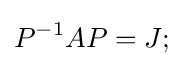
P^{-1}AP=J;